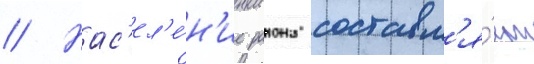
// Нас'ел'е́н'ие раиона составл'я́ет